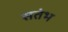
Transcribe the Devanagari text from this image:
सतंभ